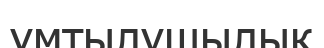
ұмтылушылық